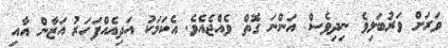
ވަރަށް ވަރުބަލިވެ ނިދިވެސް އަންނަ ގޮތް ވެއްޖެއެވެ. އެކަމަކު އަދިއެއްފަހަރު އަޒާން އާއި